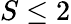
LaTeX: S\le 2